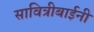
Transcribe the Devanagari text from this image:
सावित्रीबाईनी